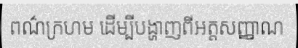
ពណ៌ក្រហម ដើម្បីបង្ហាញពីអត្តសញ្ញាណ